Report on the administration of the Government Cinchona Department 1892-98
Year: 1892
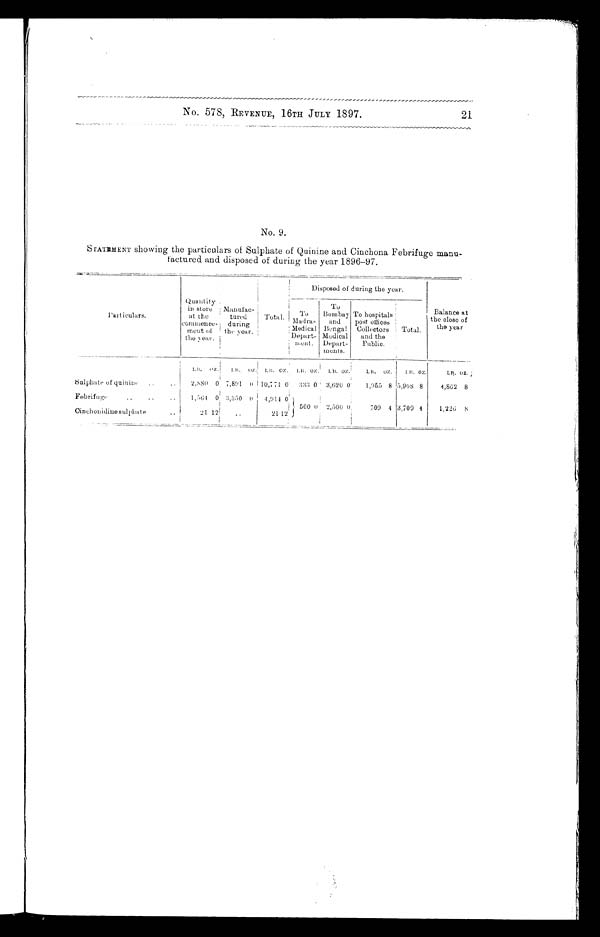
21
No. 578, REVENUE, 16TH JULY 1897.
No. 9.
STATEMENT showing the particulars of Sulphate of Quinine and Cinchona Febrifuge manu-
factured and disposed of during the year 1896-97.
Particulars.
Quantity in store
at rho
commence-
ment of
the year.
Manufac-
tured
during
the year.
Total.
Disposed of during the year.
Balance at
the close of
the year
To
Madras
Medical
Depart-
ment.
To
Bombay
and
Bengal
Medical
Depart-
ments.
To hospitals
post offices
Collectors
and the
Public.
Total.
LB. OZ. LB. OZ. LB. OZ. LB. OZ LB. OZ.
LB. OZ. LB. OZ.
LB. OZ.
Sulphate of quinine ..
..
2,880 0 7,891 0 10,771 0 333 0 3,620 0
1,955 8 5,908 8
4,862 8
Febrifuge
..
..
..
1,564 0 3,350 0 4,914 0
500 0 2,500 0
709 4 3,709 4
1,226 8
Oinchonidine sulphate
..
21 12
..
21 12